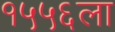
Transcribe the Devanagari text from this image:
१५५६ला